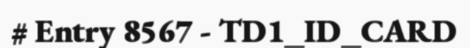
# Entry 8567 - TD1_ID_CARD